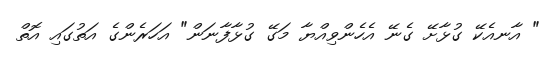
" އާނއެކޭ ގުޅާށޭ ގެނޭ އެހެންވިއްޔާ މަގޭ ގުޅާފާނަން" އަހަރެންގެ އަތުގައި އޮތް